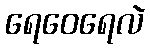
ရေဝေရေလဲ